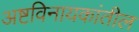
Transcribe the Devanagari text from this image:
अष्टविनायकांतील